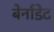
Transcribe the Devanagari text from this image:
बेर्नाडेट